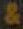
&